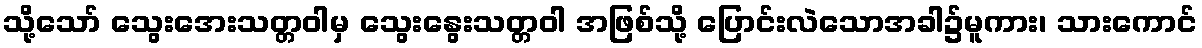
သို့သော် သွေးအေးသတ္တဝါမှ သွေးနွေးသတ္တဝါ အဖြစ်သို့ ပြောင်းလဲသောအခါ၌မူကား၊ သားကောင်